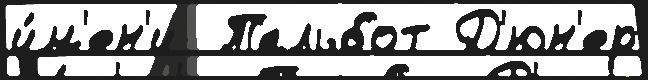
и́м'ен'и  Тальбот Д'юн'ер